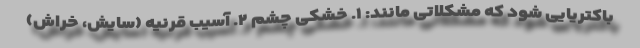
باکتریایی شود که مشکلاتی مانند: ۱. خشکی چشم ۲. آسیب قرنیه (سایش، خراش)